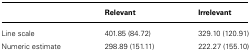
<table><thead><tr><td></td><td><b>Relevant</b></td><td><b>Irrelevant</b></td></tr></thead><tbody><tr><td>Line scale</td><td>401.85 (84.72)</td><td>329.10 (120.91)</td></tr><tr><td>Numeric estimate</td><td>298.89 (151.11)</td><td>222.27 (155.10)</td></tr></tbody></table>